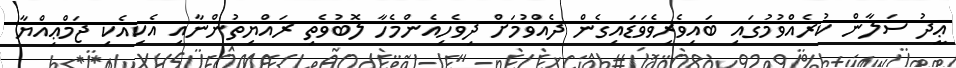
ޢީދު ސަލާން ކުރެއްވުމުގައި ބައިވެރިވެވަޑައިގެން ދެއްވުމަށް ދިވެހިއެންމެހާ ލޮބުވެތި ރައްޔިތުންނާއި އެކިއެކި ޖަމްޢިއްޔާ